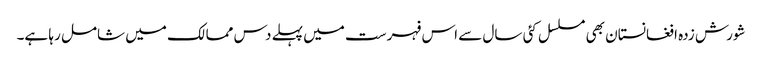
شورش زدہ افغانستان بھی مسلسل کئی سال سے اس فہرست میں پہلے دس ممالک میں شامل رہا ہے۔